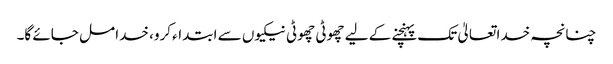
چنانچہ خدا تعالیٰ تک پہنچنے کے لیے چھوٹی چھوٹی نیکیوں سے ابتداء کرو، خدا مل جائے گا۔